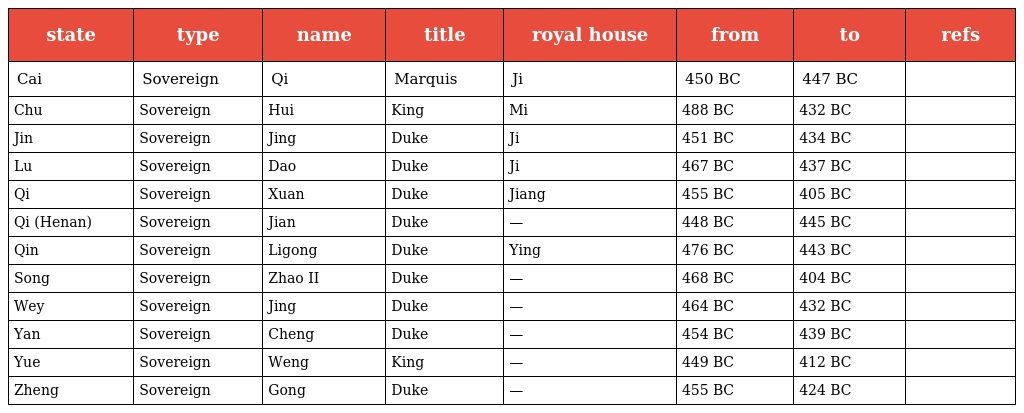
| state | type | name | title | royal house | from | to | refs |
 | --- | --- | --- | --- | --- | --- | --- | --- |
 | Cai | Sovereign | Qi | Marquis | Ji | 450 BC | 447 BC |  |
 | Chu | Sovereign | Hui | King | Mi | 488 BC | 432 BC |  |
 | Jin | Sovereign | Jing | Duke | Ji | 451 BC | 434 BC |  |
 | Lu | Sovereign | Dao | Duke | Ji | 467 BC | 437 BC |  |
 | Qi | Sovereign | Xuan | Duke | Jiang | 455 BC | 405 BC |  |
 | Qi (Henan) | Sovereign | Jian | Duke | — | 448 BC | 445 BC |  |
 | Qin | Sovereign | Ligong | Duke | Ying | 476 BC | 443 BC |  |
 | Song | Sovereign | Zhao II | Duke | — | 468 BC | 404 BC |  |
 | Wey | Sovereign | Jing | Duke | — | 464 BC | 432 BC |  |
 | Yan | Sovereign | Cheng | Duke | — | 454 BC | 439 BC |  |
 | Yue | Sovereign | Weng | King | — | 449 BC | 412 BC |  |
 | Zheng | Sovereign | Gong | Duke | — | 455 BC | 424 BC |  |